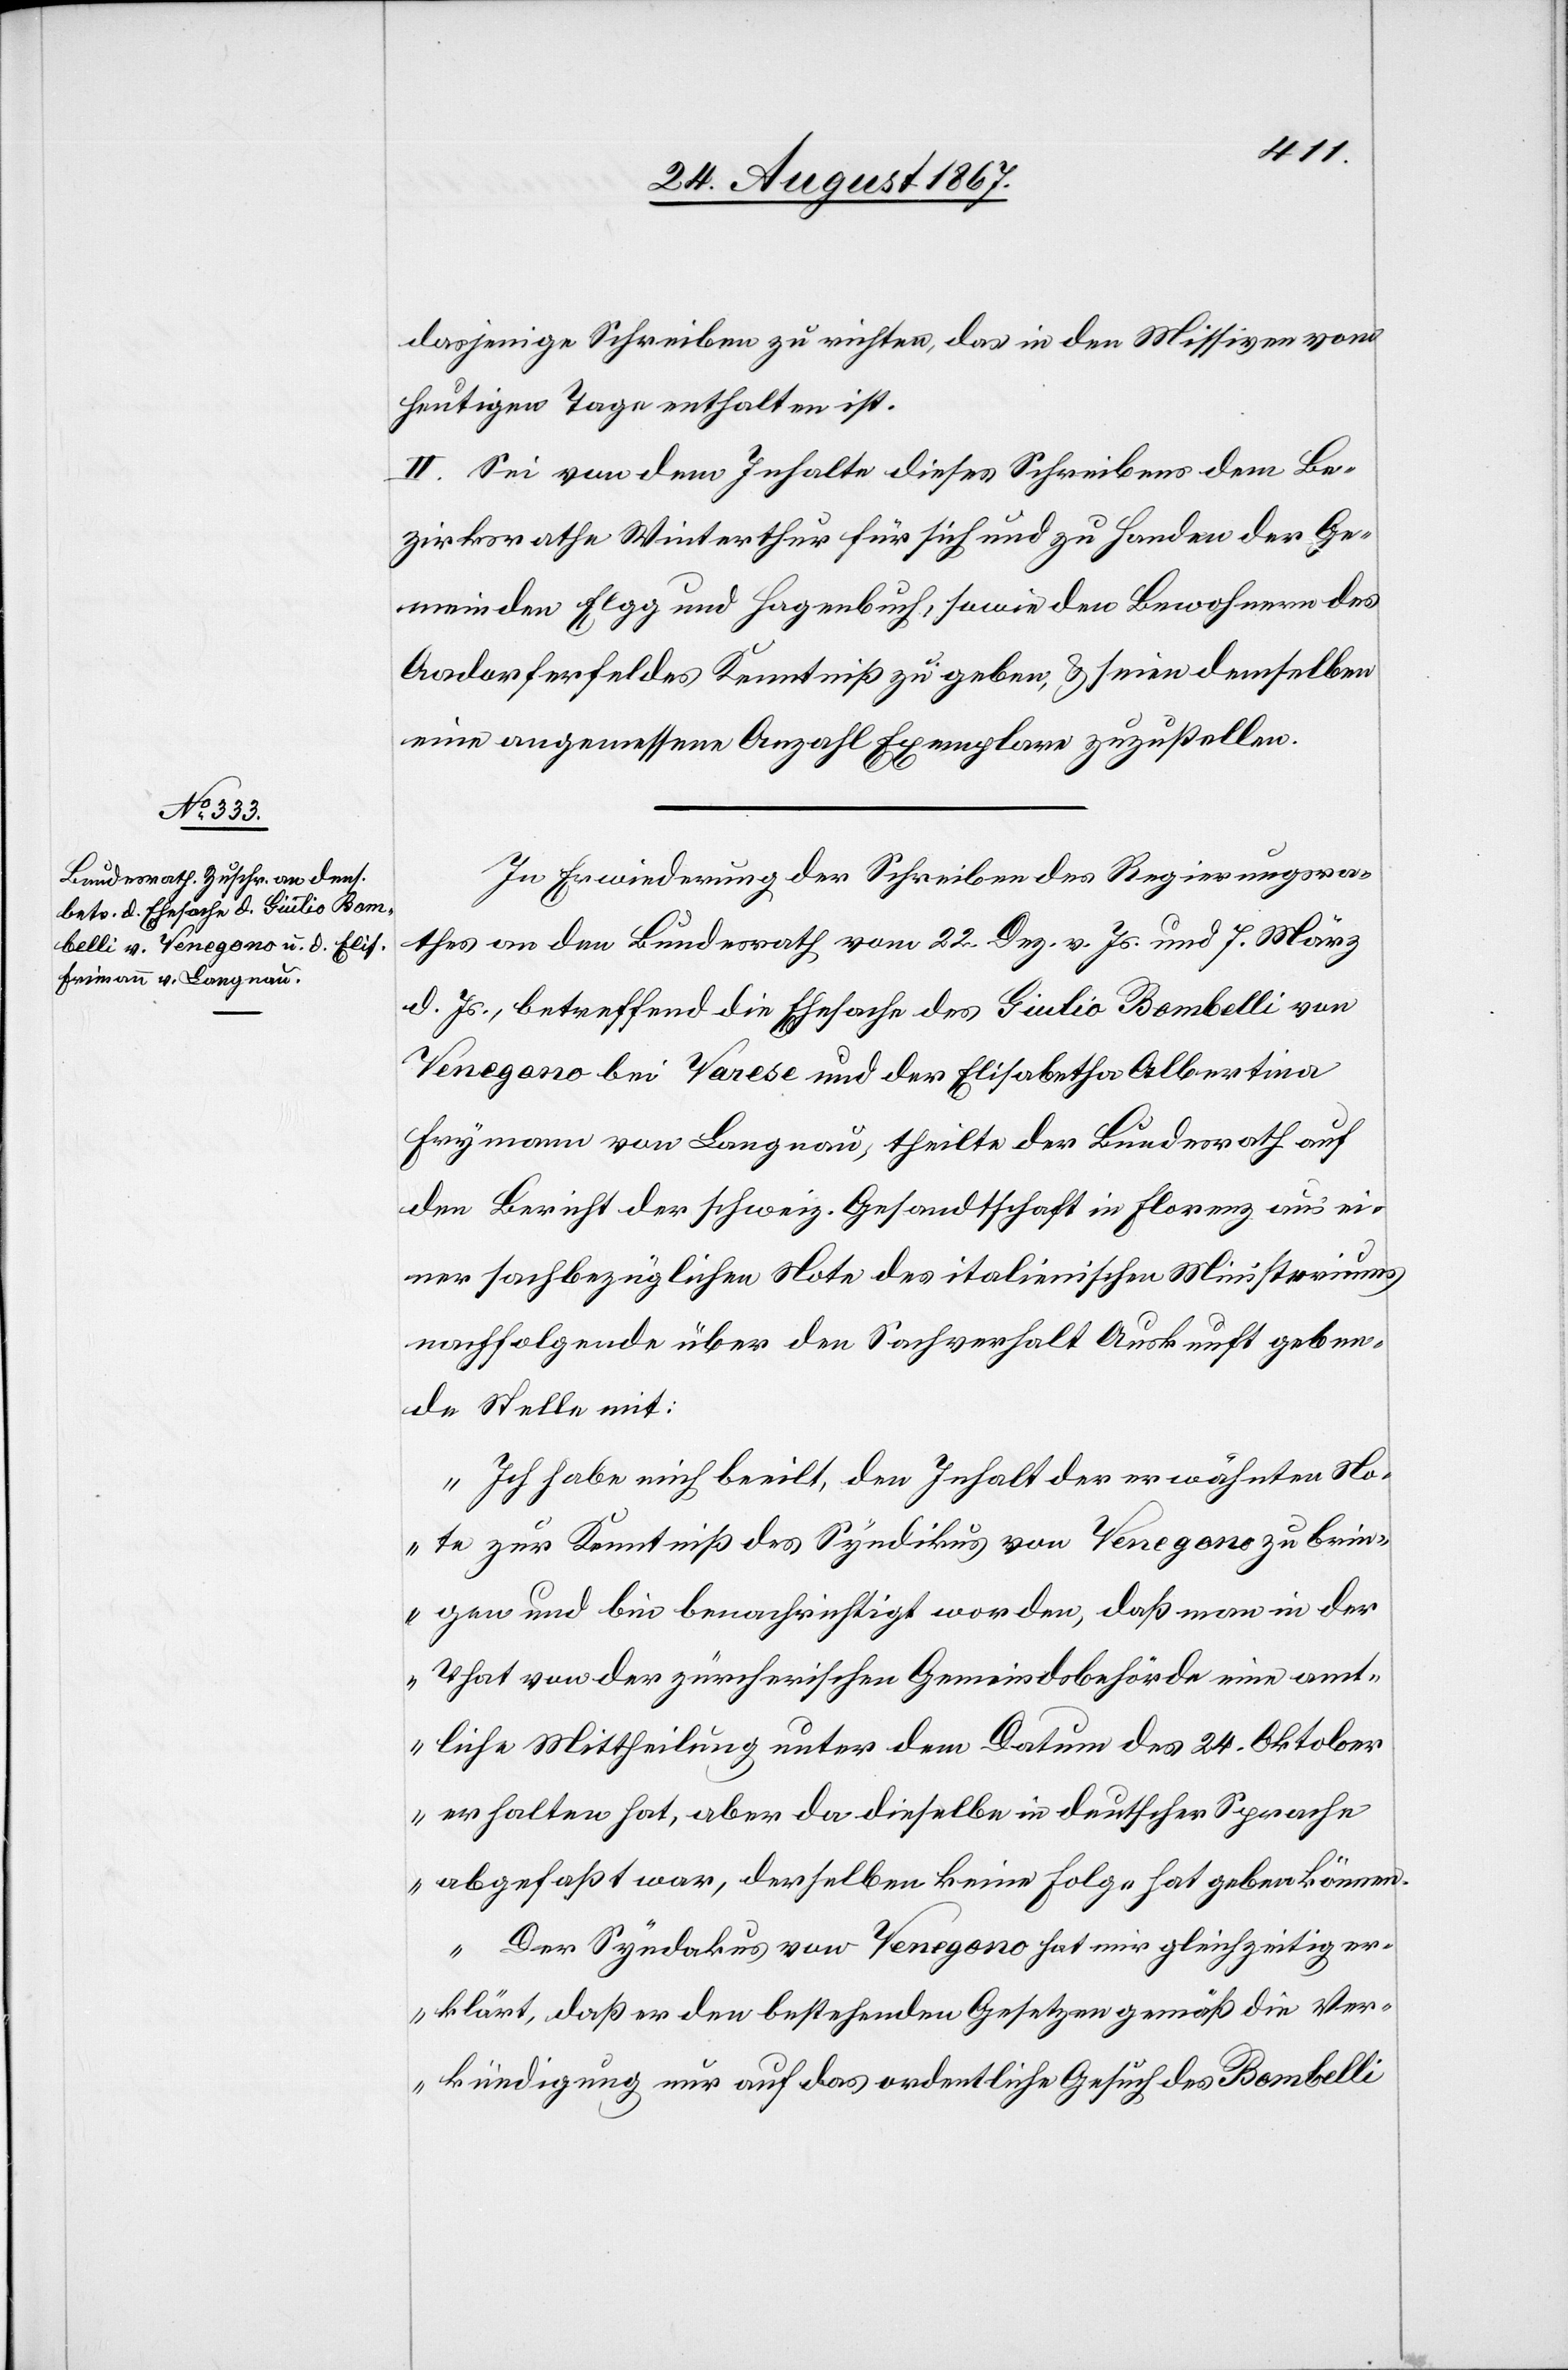
dasjenige Schreiben zu richten, das in den Missiven vom
heutigen Tage enthalten ist.
II. Sei von dem Inhalte dieses Schreibens dem Be¬
zirksrathe Winterthur für sich und zu Handen der Ge¬
meinden Elgg und Hagenbuch, sowie den Bewohnern des
Aadorferfeldes Kenntniß zu geben, u. seien demselben
eine angemessene Anzahl Exemplare zuzustellen.
In Erwiederung der Schreiben des Regierungsra¬
thes an den Bundesrath vom 22. Dez. v. Js. und 7. März
d. Js., betreffend die Ehesache des Giulio Bombelli von
Venegano bei Varese und der Elisabetha Albertina
Frymann [sic!] von Langnau, theilte der Bundesrath auf
den Bericht der schweiz. Gesandtschaft in Florenz aus ei¬
ner sachbezüglichen Note des italienischen Ministeriums
nachfolgende über den Sachverhalt Auskunft geben¬
de Stelle mit:
„Ich habe mich beeilt, den Inhalt der erwähnten No¬
te zur Kenntniß des Syndikus von Venegono zu brin¬
gen und bin benachrichtigt worden, daß man in der
That von der zürcherischen Gemeindsbehörde eine amt¬
liche Mittheilung unter dem Datum des 24. Oktober
erhalten hat, aber da dieselbe in deutscher Sprache
abgefaßt war, derselben keine Folge hat geben können.
Der Syndakus von Venegono hat mir gleichzeitig er¬
klärt, daß er den bestehenden Gesetzen gemäß die Ver¬
kündigung nur auf das ordentliche Gesuch des Bombelli